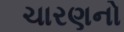
ચારણનો